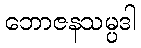
ဘောဇနသမ္ပဒါ